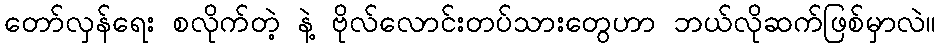
တော်လှန်ရေး စလိုက်တဲ့ နဲ့ ဗိုလ်လောင်းတပ်သားတွေဟာ ဘယ်လိုဆက်ဖြစ်မှာလဲ။